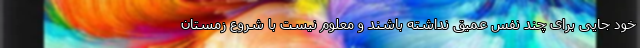
خود جایی برای چند نفس عمیق نداشته باشند و معلوم نیست با شروع زمستان